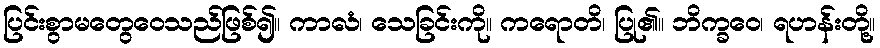
ပြင်းစွာမတွေဝေသည်ဖြစ်၍။ ကာလံ၊ သေခြင်းကို။ ကရောတိ၊ ပြု၏။ ဘိက္ခဝေ၊ ရဟန်းတို့။